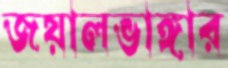
জয়ালভাঙ্গার